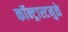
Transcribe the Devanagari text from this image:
कॉन्ट्रास्टमुळे